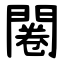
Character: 闂